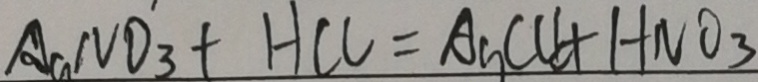
A a N O _ { 3 } + H C l = A g C l \downarrow + H N O _ { 3 }